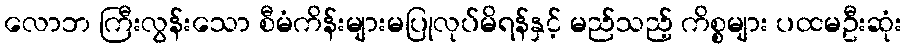
လောဘ ကြီးလွန်းသော စီမံကိန်းများမပြုလုပ်မိရန်နှင့် မည်သည့် ကိစ္စများ ပထမဦးဆုံး